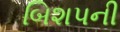
બિશપની